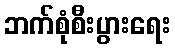
ဘက်စုံစီးပွားရေး